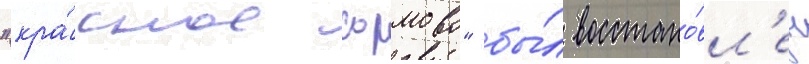
"кра́сное сормово" бы́л восстано́вл'ен